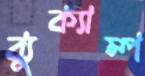
ব্যুক্যাম্প